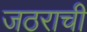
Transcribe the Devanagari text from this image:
जठराची